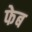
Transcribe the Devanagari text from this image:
फेब